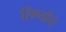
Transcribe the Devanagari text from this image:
शिष्योंने